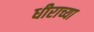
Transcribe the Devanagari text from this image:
धीराच्या